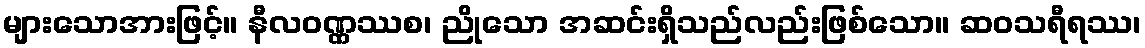
များသောအားဖြင့်။ နီလဝဏ္ဏဿစ၊ ညိုသော အဆင်းရှိသည်လည်းဖြစ်သော။ ဆဝသရီရဿ၊